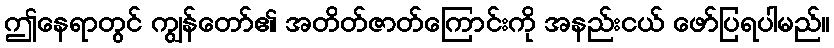
ဤနေရာတွင် ကျွန်တော်၏ အတိတ်ဇာတ်ကြောင်းကို အနည်းငယ် ဖော်ပြရပါမည်။